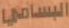
البساميا